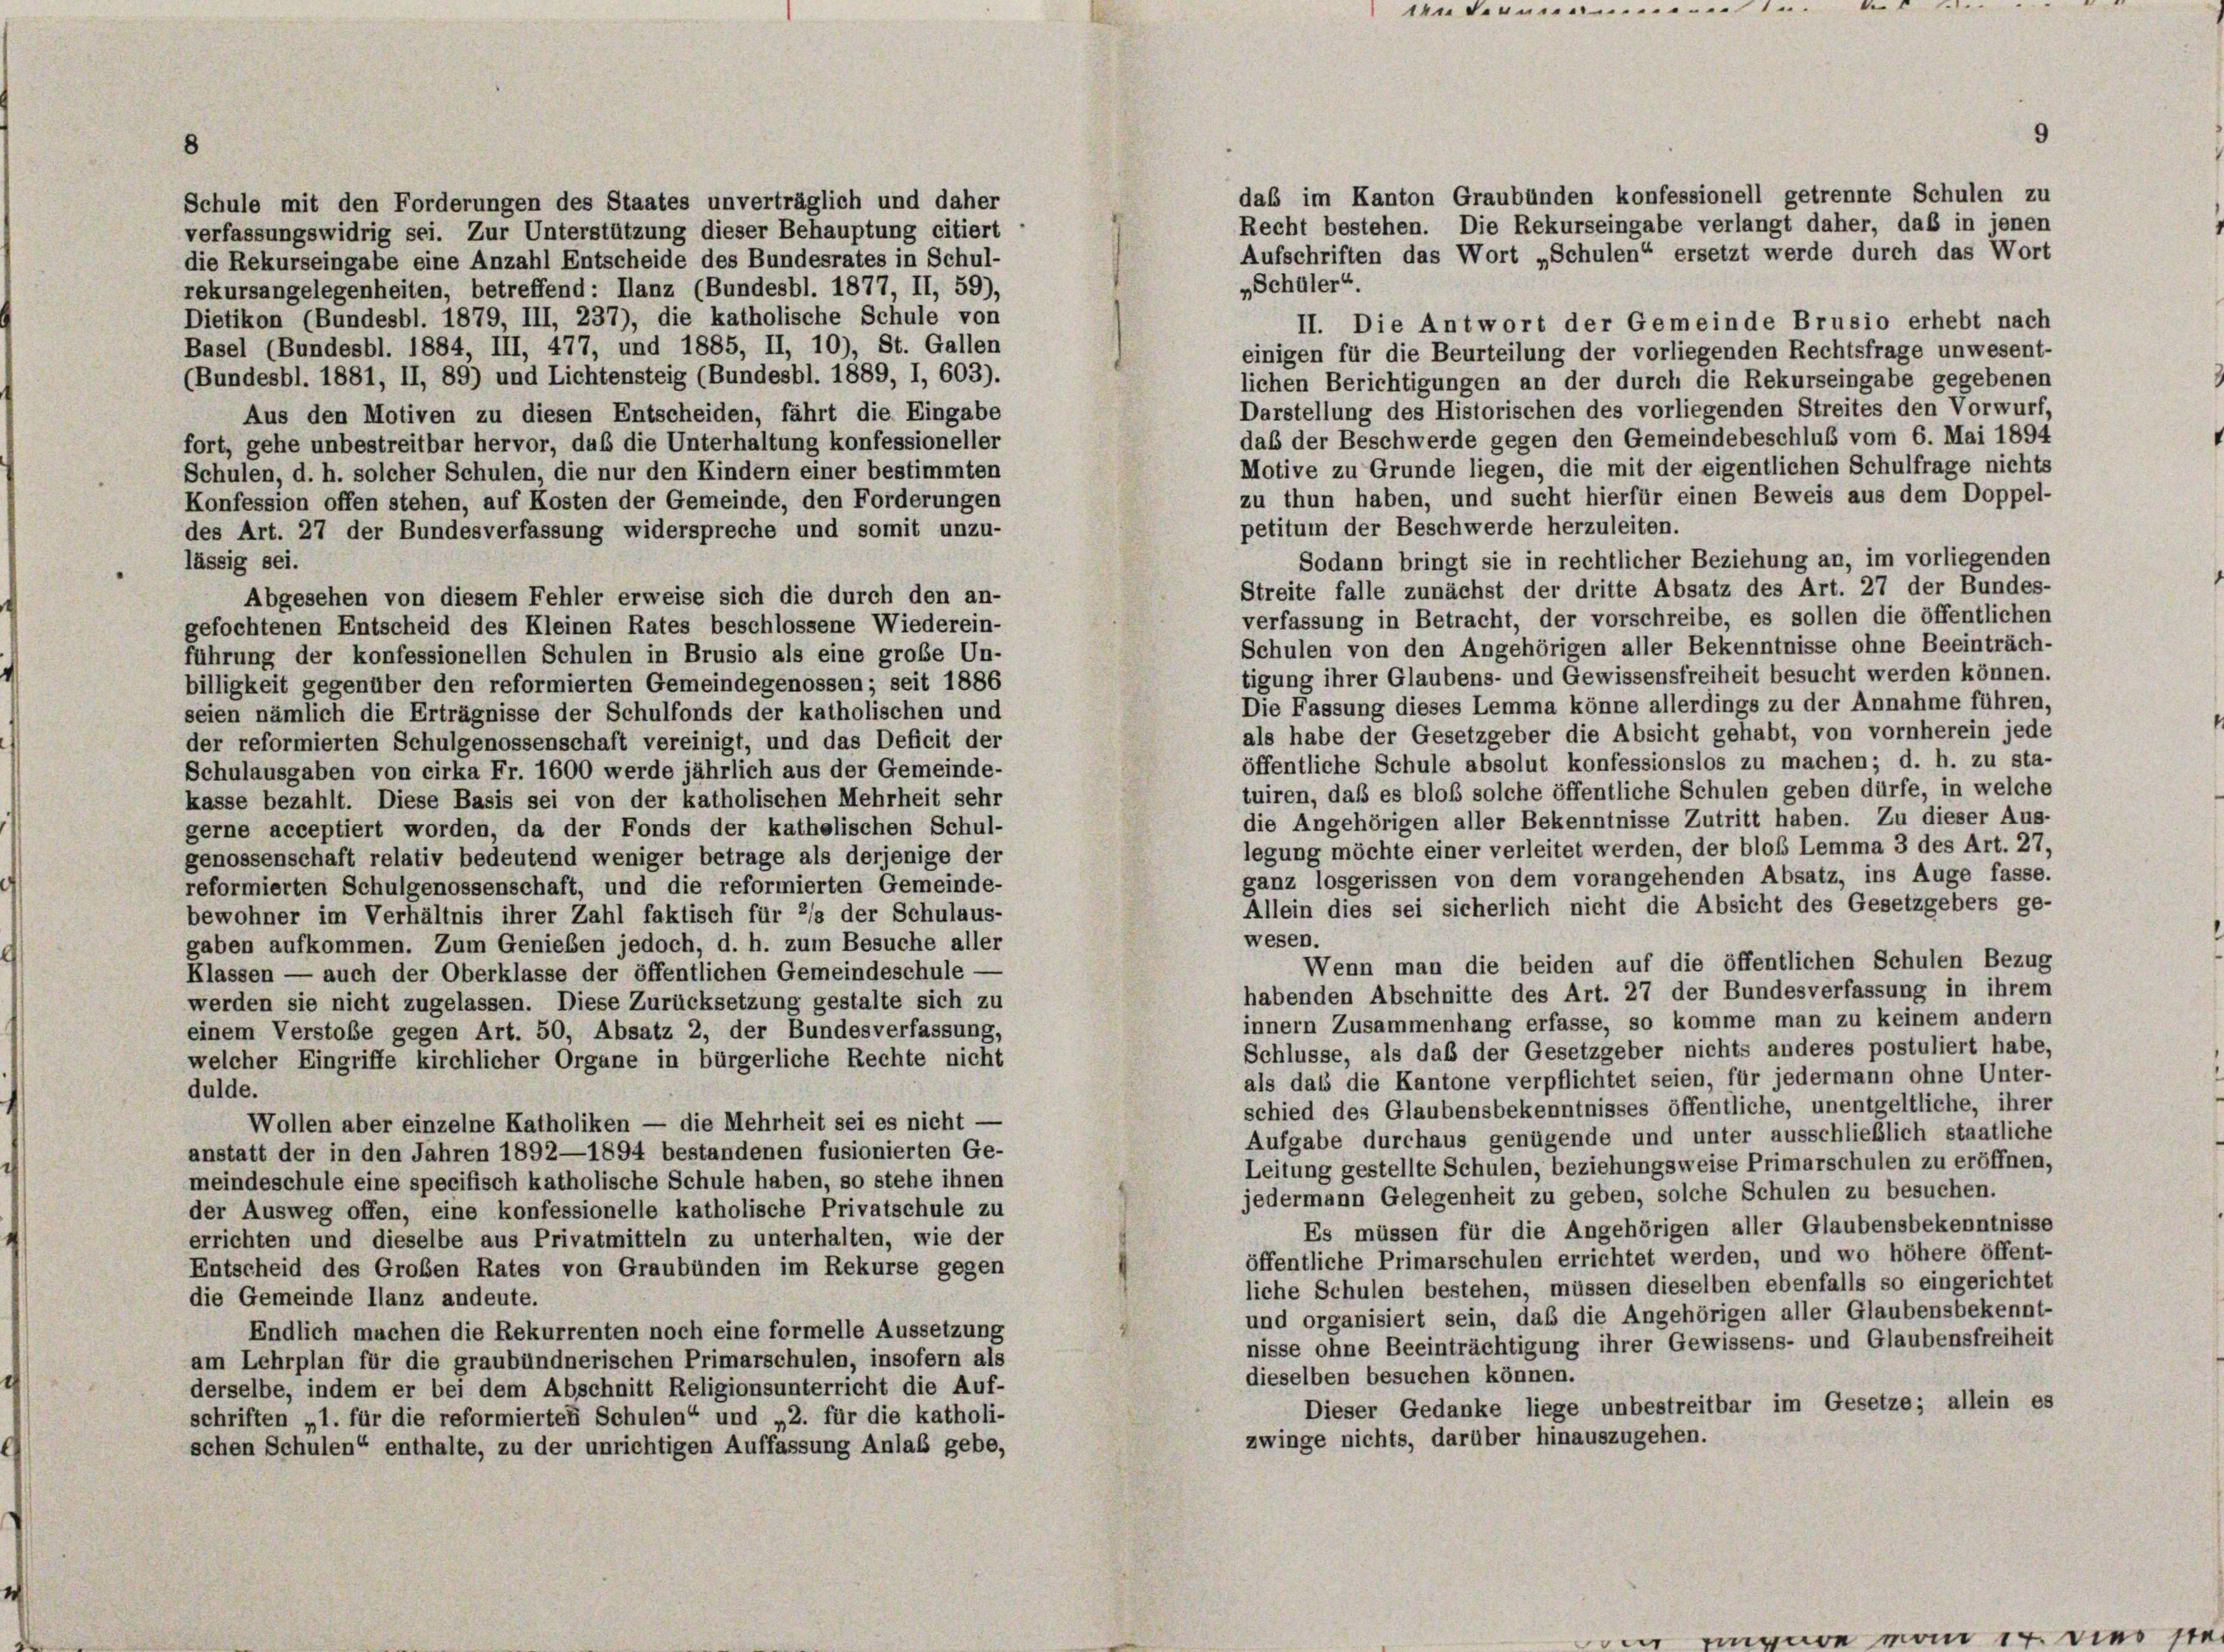
8

das im Kanton Graubünden konfessionell getrennte Schulen zu
Schule mit den Forderungen des Staates unverträglich und daher
Recht bestehen. Die Rekurseingabe verlangt daher, daß in jenen
verfassungswidrig sei. Zur Unterstützung dieser Behauptung citiert
Aufschriften das Wort „Schulen“ ersetzt werde durch das Wort
die Rekurseingabe eine Anzahl Entscheide des Bundesrates in Schul-
„Schüler“.
rekursangelegenheiten, betreffend: Ilanz (Bundesbl. 1877, II, 59),
Dietikon (Bundesbl. 1879, III, 237), die katholische Schule von
II. Die Antwort der Gemeinde Brusio erhebt nach
Basel (Bundesbl. 1884, III, 477, und 1885, II, 10), St. Gallen
einigen für die Beurteilung der vorliegenden Rechtsfrage unwesent-
(Bundesbl. 1881, II, 89) und Lichtensteig (Bundesbl. 1889, I, 603).
lichen Berichtigungen an der durch die Rekurseingabe gegebenen
Darstellung des Historischen des vorliegenden Streites den Vorwurf,
Aus den Motiven zu diesen Entscheiden, fährt die Eingabe
daß der Beschwerde gegen den Gemeindebeschluß vom 6. Mai 1894
fort, gehe unbestreitbar hervor, daß die Unterhaltung konfessioneller
Motive zu Grunde liegen, die mit der eigentlichen Schulfrage nichts
Schulen, d. h. solcher Schulen, die nur den Kindern einer bestimmten
zu thun haben, und sucht hierfür einen Beweis aus dem Doppel-
Konfession offen stehen, auf Kosten der Gemeinde, den Forderungen
petitum der Beschwerde herzuleiten.
des Art. 27 der Bundesverfassung widerspreche und somit unzu-
lässig sei.
Sodann bringt sie in rechtlicher Beziehung an, im vorliegenden
Streite falle zunächst der dritte Absatz des Art. 27 der Bundes-
Abgesehen von diesem Fehler erweise sich die durch den an-
verfassung in Betracht, der vorschreibe, es sollen die öffentlichen
gefochtenen Entscheid des Kleinen Rates beschlossene Wiederein-
Schulen von den Angehörigen aller Bekenntnisse ohne Beeinträch-
führung der konfessionellen Schulen in Brusio als eine große Un-
tigung ihrer Glaubens- und Gewissensfreiheit besucht werden können.
billigkeit gegenüber den reformierten Gemeindegenossen; seit 1886
Die Fassung dieses Lemma könne allerdings zu der Annahme führen,
seien nämlich die Erträgnisse der Schulfonds der katholischen und
als habe der Gesetzgeber die Absicht gehabt, von vornherein jede
der reformierten Schulgenossenschaft vereinigt, und das Deficit der
öffentliche Schule absolut konfessionslos zu machen; d. h. zu sta-
Schulausgaben von cirka Fr. 1600 werde jährlich aus der Gemeinde-
tuiren, daß es bloß solche öffentliche Schulen geben dürfe, in welche
kasse bezahlt. Diese Basis sei von der katholischen Mehrheit sehr
die Angehörigen aller Bekenntnisse Zutritt haben. Zu dieser Aus-
gerne acceptiert worden, da der Fonds der kathelischen Schul-
legung möchte einer verleitet werden, der bloß Lemma 3 des Art. 27,
genossenschaft relativ bedeutend weniger betrage als derjenige der
ganz losgerissen von dem vorangehenden Absatz, ins Auge fasse.
reformierten Schulgenossenschaft, und die reformierten Gemeinde-
Allein dies sei sicherlich nicht die Absicht des Gesetzgebers ge-
bewohner im Verhältnis ihrer Zahl faktisch für 2/s der Schulaus-
wesen.
gaben aufkommen. Zum Genießen jedoch, d. h. zum Besuche aller
Wenn man die beiden auf die öffentlichen Schulen Bezug
Klassen — auch der Oberklasse der öffentlichen Gemeindeschule —
habenden Abschnitte des Art. 27 der Bundesverfassung in ihrem
werden sie nicht zugelassen. Diese Zurücksetzung gestalte sich zu
innern Zusammenhang erfasse, so komme man zu keinem andern
einem Verstoße gegen Art. 50, Absatz 2, der Bundesverfassung,
Schlüsse, als daß der Gesetzgeber nichts anderes postuliert habe,
welcher Eingriffe kirchlicher Organe in bürgerliche Rechte nicht
als dass die Kantone verpflichtet seien, für jedermann ohne Unter-
dulde.
schied des Glaubensbekenntnisses öffentliche, unentgeltliche, ihrer
Wollen aber einzelne Katholiken — die Mehrheit sei es nicht -
Aufgabe durchaus genügende und unter ausschließlich staatliche
anstatt der in den Jahren 1892—1894 bestandenen fusionierten Ge-
Leitung gestellte Schulen, beziehungsweise Primarschulen zu eröffnen,
meindeschule eine specifisch katholische Schule haben, so stehe ihnen
jedermann Gelegenheit zu geben, solche Schulen zu besuchen.
der Ausweg offen, eine konfessionelle katholische Privatschule zu
Es müssen für die Angehörigen aller Glaubensbekenntnisse
errichten und dieselbe aus Privatmitteln zu unterhalten, wie der
öffentliche Primarschulen errichtet werden, und wo höhere öffent-
Entscheid des Großen Rates von Graubünden im Rekurse gegen
liche Schulen bestehen, müssen dieselben ebenfalls so eingerichtet
die Gemeinde Ilanz andeute.
und organisiert sein, daß die Angehörigen aller Glaubensbekennt-
Endlich machen die Rekurrenten noch eine formelle Aussetzung
nisse ohne Beeinträchtigung ihrer Gewissens- und Glaubensfreiheit
am Lehrplan für die graubündnerischen Primarschulen, insofern als
dieselben besuchen können.
derselbe, indem er bei dem Abschnitt Religionsunterricht die Auf-
Dieser Gedanke liege unbestreitbar im Gesetze; allein es
schriften „1. für die reformierten Schulen“ und „2. für die katholi-
zwinge nichts, darüber hinauszugehen.
schen Schulen“ enthalte, zu der unrichtigen Auffassung Anlaß gebe,

...........

9